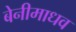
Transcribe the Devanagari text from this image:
बेनीमाधव